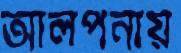
আলপনায়